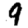
Digit: 9